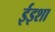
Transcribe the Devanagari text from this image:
ईइशा